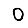
Digit: 0